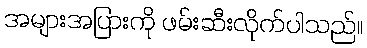
အများအပြားကို ဖမ်းဆီးလိုက်ပါသည်။